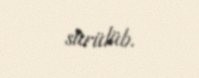
sürülüb.